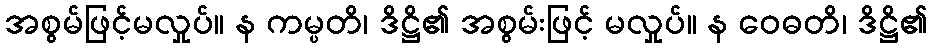
အစွမ်ဖြင့်မလှုပ်။ န ကမ္ပတိ၊ ဒိဋ္ဌိ၏ အစွမ်းဖြင့် မလှုပ်။ န ဝေဓတိ၊ ဒိဋ္ဌိ၏